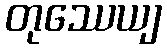
တုဿေယျ